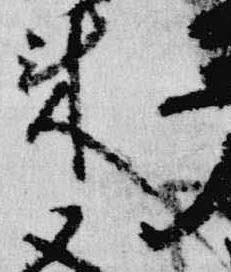
来